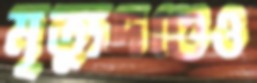
মৃত্যুদণ্ডেও